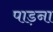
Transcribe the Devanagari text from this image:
पाड़ना